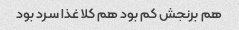
هم‌ برنجش کم بود هم کلا غذا سرد بود